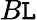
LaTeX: B\mathtt{L}